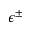
\epsilon ^ { \pm }